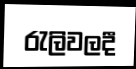
රැලිවලදී